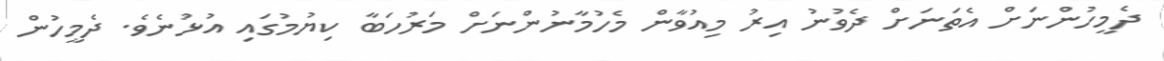
ދެމީހުންނަށް އެތަނަށް ދެވުނު އިރު މިއުވާން މެހުމާނުންނަށް މަރުހަބާ ކިޔުމުގައި އުޅުނެވެ. ދެމީހުން